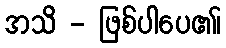
အသိ - ဖြစ်ပါပေ၏၊